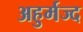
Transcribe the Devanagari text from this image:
अहुर्मज्द